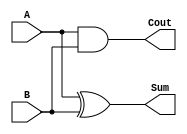
`timescale 1ns / 1ps
//////////////////////////////////////////////////////////////////////////////////
// Company: 
// Engineer: 
// 
// Design Name: 
// Module Name: rcs_hA
// Project Name: 
// Target Devices: 
// Tool Versions: 
// Description: 
// 
// Dependencies: 
// 
// Revision:
// Revision 0.01 - File Created
// Additional Comments:
// 
//////////////////////////////////////////////////////////////////////////////////


module rcs_hA(
    input A,
    input B,
    output Sum,
    output Cout
    );
    assign Sum=A^B;
    assign Cout=A&B;
endmodule